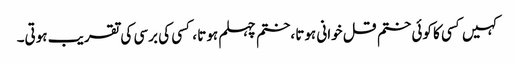
کہیں کسی کا کوئی ختم قل خوانی ہوتا ،ختم چہلم ہوتا ، کسی کی برسی کی تقریب ہوتی۔